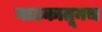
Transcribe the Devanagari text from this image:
नाटकातूनच